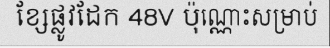
ខ្សែផ្លូវដែក 48V ប៉ុណ្ណោះសម្រាប់